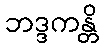
ဘဒ္ဒကန္တိ